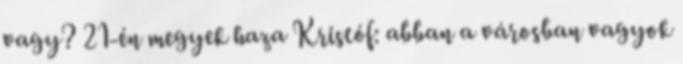
vagy? 21-én megyek haza Kristóf: abban a városban vagyok